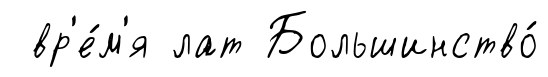
вр'е́м'я лат Большинство́